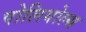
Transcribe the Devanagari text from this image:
पोलियोल्स